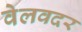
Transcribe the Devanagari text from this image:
वेलवदर